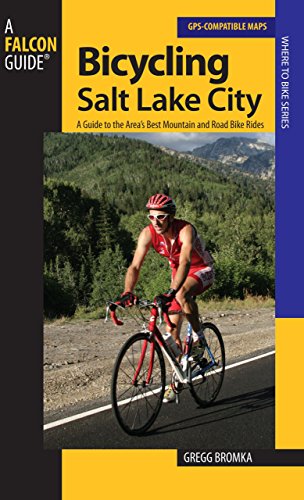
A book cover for Bicycling Salt Lake City: A Guide To The Area's Best Mountain And Road Bike Rides (Where to Bike); Gregg Bromka; Travel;